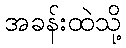
အခန်းထဲသို့